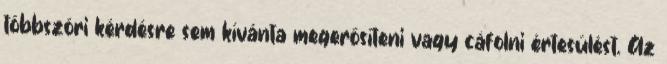
többszöri kérdésre sem kívánta megerősíteni vagy cáfolni értesülést. Az